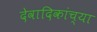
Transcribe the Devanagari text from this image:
देवादिकांच्या